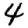
Digit: 4